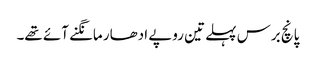
پانچ برس پہلے تین روپے ادھار مانگنے آئے تھے۔